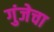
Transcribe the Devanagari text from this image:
गुंजेचा